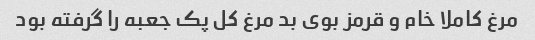
مرغ کاملا خام و قرمز بوی بد مرغ کل پک جعبه را گرفته بود